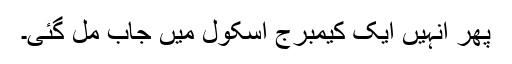
پھر انہیں ایک کیمبرج اسکول میں جاب مل گئی۔